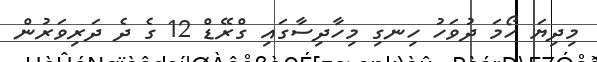
މިދިޔަ ހޯމަ ދުވަހު ހިނގި މިހާދިސާގައި ގްރޭޑް 12 ގެ ދެ ދަރިވަރުން